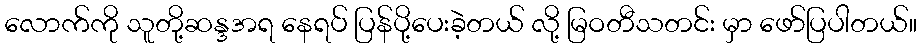
လောက်ကို သူတို့ဆန္ဒအရ နေရပ် ပြန်ပို့ပေးခဲ့တယ် လို့ မြဝတီသတင်း မှာ ဖော်ပြပါတယ်။